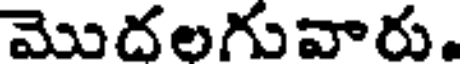
మొదలగువారు.